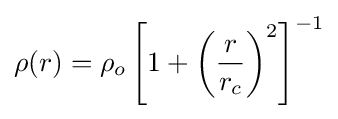
\rho (r)=\rho _{o}\left[1+\left({\frac {r}{r_{c}}}\right)^{2}\right]^{-1}